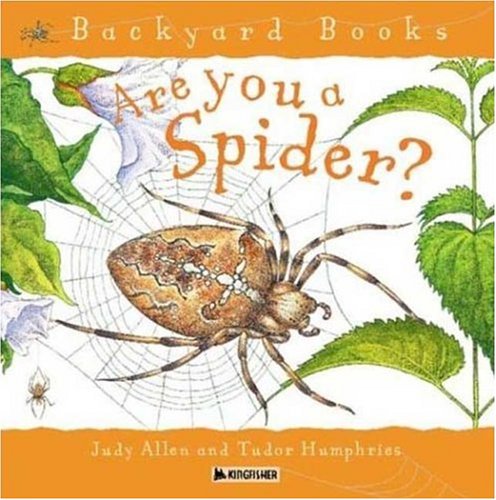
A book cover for Are You a Spider? (Backyard Books); Judy Allen; Children's Books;